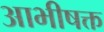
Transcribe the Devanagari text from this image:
आभीषक्त